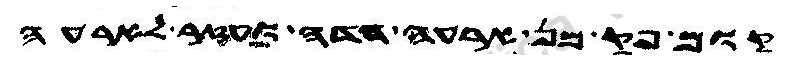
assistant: קום פק מן ארעה הדה ועזר לארעה